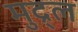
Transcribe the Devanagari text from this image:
मुद्र्ल